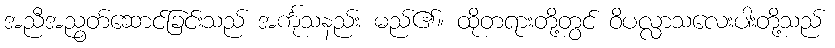
အညီအညွတ်ဆောင်ခြင်းသည် အင်္ကုသနည်း မည်၏။ ထိုတရားတို့တွင် ဝိပလ္လာသလေးပါးတို့သည်